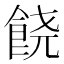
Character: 𲋘